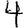
Digit: 4